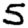
Digit: 5